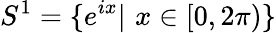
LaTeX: S^{1}=\{ e^{ix}\vert\, \, x\in[0,2\pi)\}